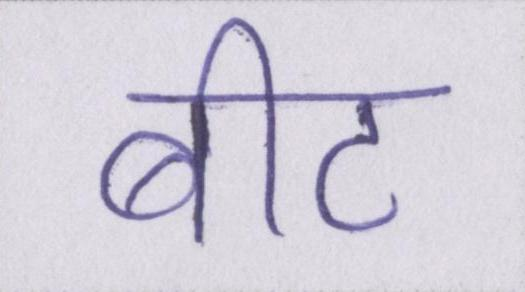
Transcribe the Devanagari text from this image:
बीट